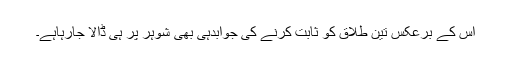
اس کے برعکس تین طلاق کو ثابت کرنے کی جوابدہی بھی شوہر پر ہی ڈالا جارہاہے۔